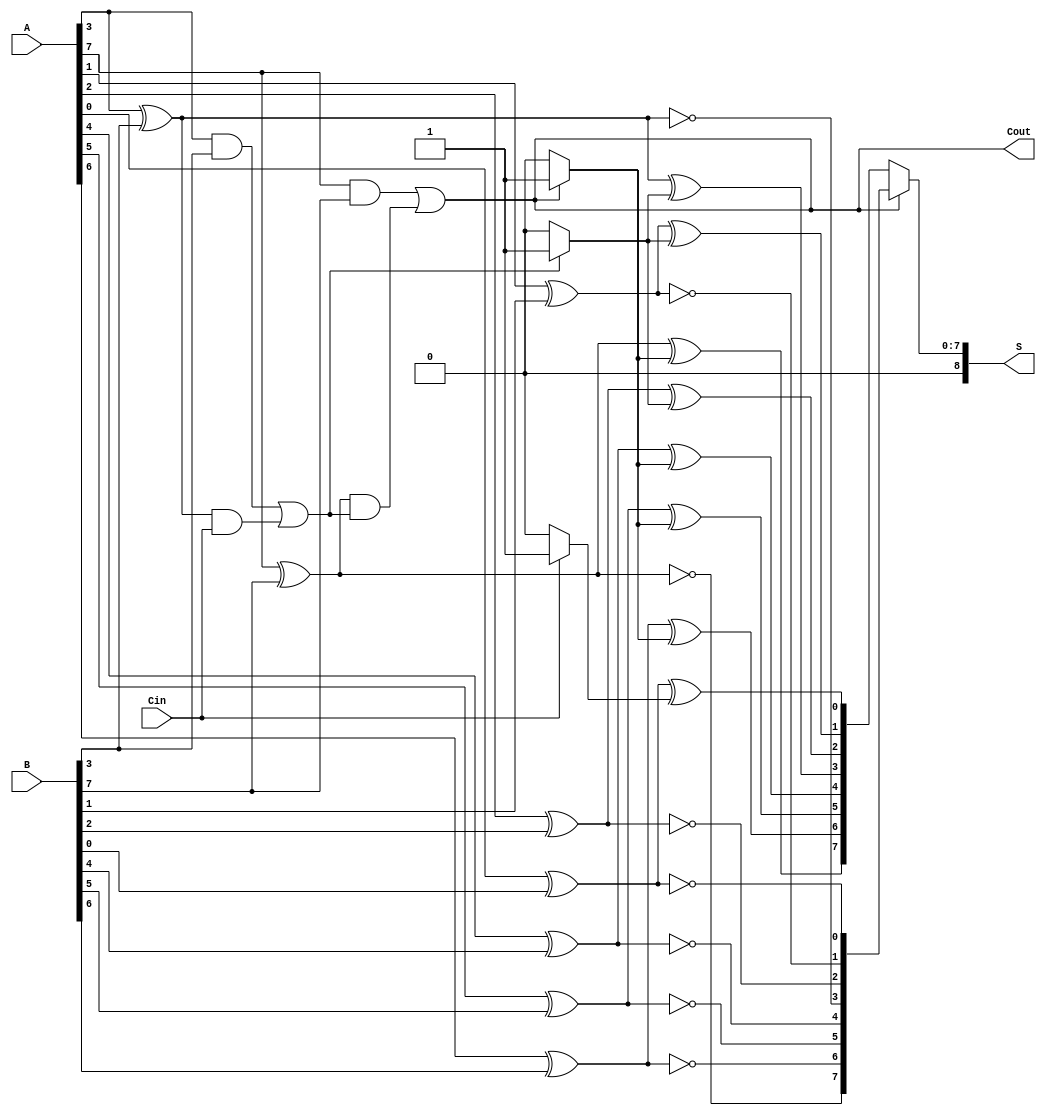
module CarrySelectAdder #(parameter n = 8, parameter m = 4) (
    input [n-1:0] A, // Input A
    input [n-1:0] B, // Input B
    input Cin,       // Carry input
    output [n:0] S,  // Sum output (n+1 bits)
    output Cout      // Carry out output
);

// Internal signals
wire [n/m:0] carry_group;  // Carry outputs for each group of m bits
wire [n-1:0] sum0, sum1;   // Partial sums assuming carry-in 0 and 1
wire [n-1:0] G, P;         // Generate and Propagate signals

// Full Adder for n bits
genvar i;
generate
    for (i = 0; i < n; i = i + 1) begin : FA
        wire A_i = A[i];
        wire B_i = B[i];
        wire carry_in = (i == 0) ? Cin : carry_group[i/m];

        assign sum0[i] = A_i ^ B_i ^ (carry_in ? 1'b1 : 1'b0);
        assign sum1[i] = A_i ^ B_i ^ (1'b1); // S1 case: assume carry in is 1

        // Generate (G) and Propagate (P) signals
        assign G[i] = A_i & B_i;
        assign P[i] = A_i ^ B_i;
    end
endgenerate

// Carry Lookahead Logic
genvar j;
generate
    for (j = 0; j < (n/m); j = j + 1) begin : CLA
        wire [m-1:0] G_group;
        wire [m-1:0] P_group;
        wire carry_in = (j == 0) ? Cin : carry_group[j-1];

        assign G_group = G[j*m +: m]; // Generate signals for the group
        assign P_group = P[j*m +: m]; // Propagate signals for the group
        
        // Calculate carry out for the group
        assign carry_group[j] = G_group[m-1] | (P_group[m-1] & carry_in);
    end
endgenerate

// Final sum outputs based on carry
assign S = (carry_group[n/m-1] == 1'b0) ? sum0 : sum1;
assign Cout = carry_group[n/m-1];

endmodule